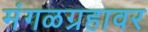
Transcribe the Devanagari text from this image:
मंगळग्रहावर